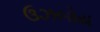
ઉઝબોય